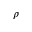
\rho